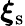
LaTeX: \boldsymbol{\xi}_{\mathrm{s}}